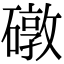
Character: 礅